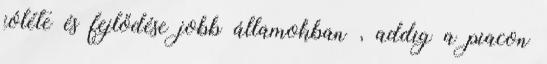
jóléte és fejlődése jobb államokban , addig a piacon